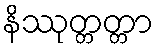
နိဿုတ္တတ္တာ